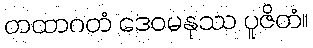
တထာဂတံ ဒေဝမနုဿ ပူဇိတံ။